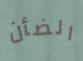
الضأن